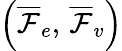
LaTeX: \left(\overline{\mathcal{F}}_{e},\, \overline{\mathcal{F}}_{v}\right)